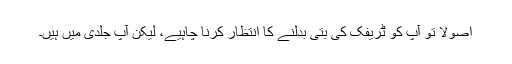
اصولاً تو آپ کو ٹریفک کی بتی بدلنے کا انتظار کرنا چاہیے، لیکن آپ جلدی میں ہیں۔